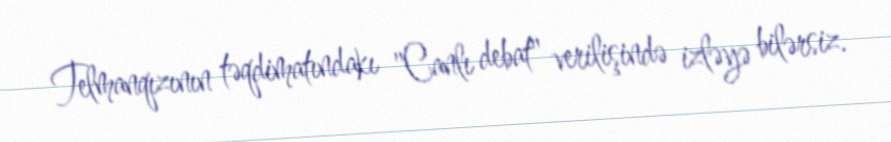
Telmanqızının təqdimatındakı "Canlı debat" verilişində izləyə bilərsiz.